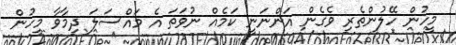
މީހުން ހޭލުންތެރި ވެގެން އަންނަނީ ކަމެއް ނުވަތަ އެ މައްސަލަ ދިމާވާ މީހުން